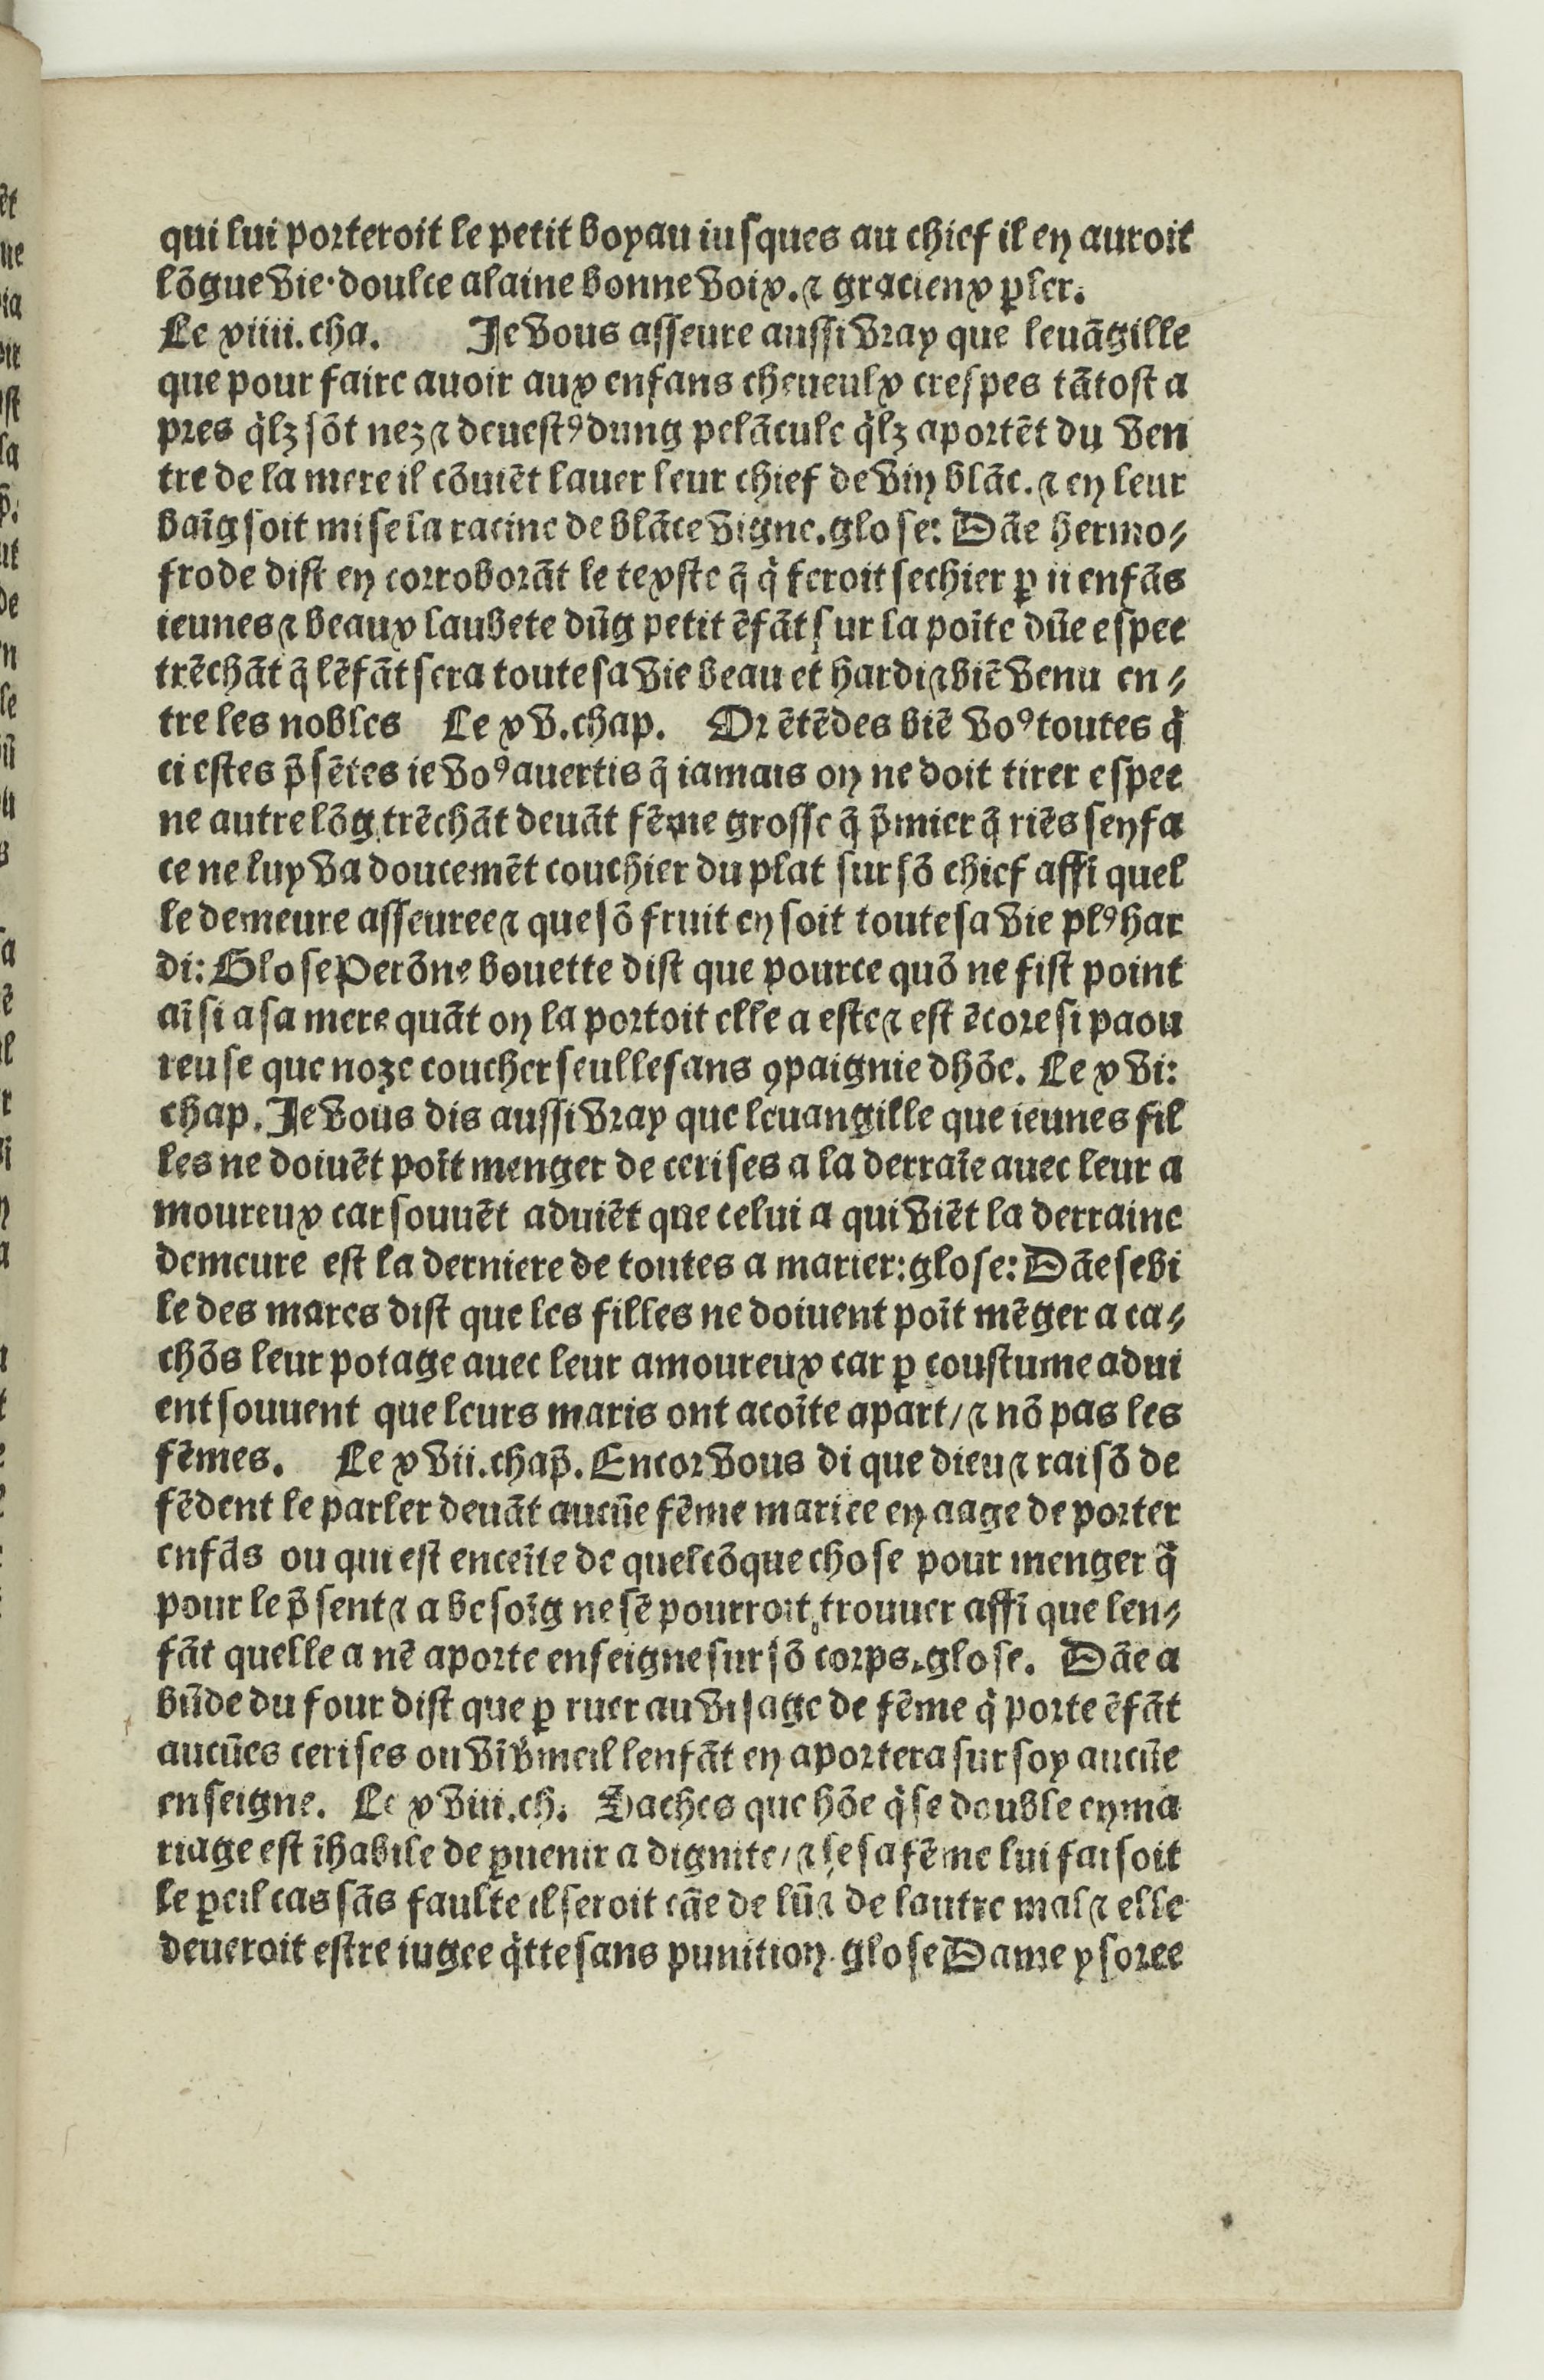
Shelfmark: Paris, BnF, Rés. Y2-733
Century: 16